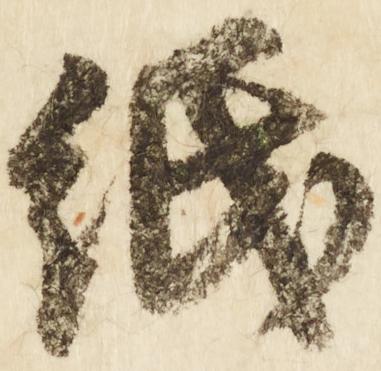
紙